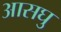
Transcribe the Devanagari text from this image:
आसघु